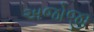
અજોજી